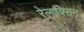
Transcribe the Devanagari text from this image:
रेलाक्सिन